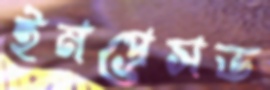
ইমপ্রেসড